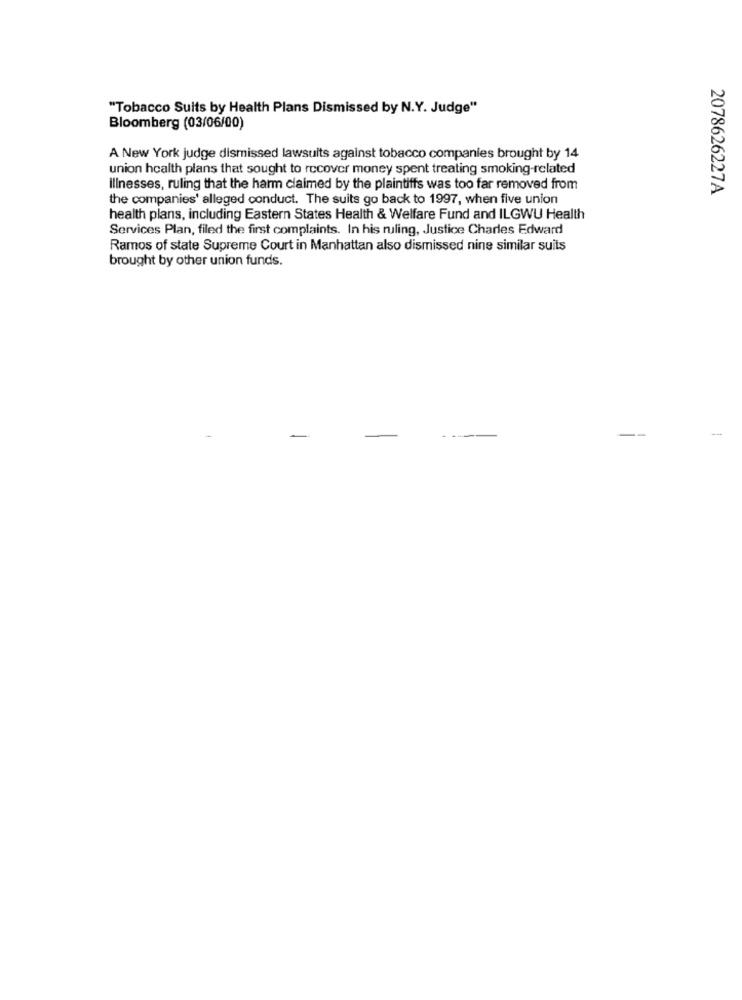
"Tobacco Suits by Health Plans Dismissed by N.Y. Judge"
Bloomberg (03/06/00)
A New York judge dismissed lawsuits against tobacco companies brought by 14
union health plans that sought to recover money spent treating smoking-related
Illnesses, ruling that the harm claimed by the plaintiffs was too far removed from
2078626227A
the companies' alleged conduct. The suits go back to 1997, when five union
health plans, including Eastern States Health & Welfare Fund and ILGWU Health
Services Plan, filed the first complaints. In his ruling, Justice Charles Edward
Ramos of state Supreme Court in Manhattan also dismissed nine similar suits
brought by other union funds.
--